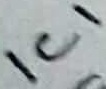
Text: IC1